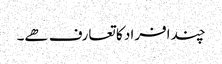
چند افراد کا تعارف ھے۔